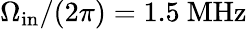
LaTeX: \Omega_{\mathrm{in}}/(2\pi)=1.5~\mathrm{MHz}